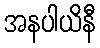
အနပါယိနီ